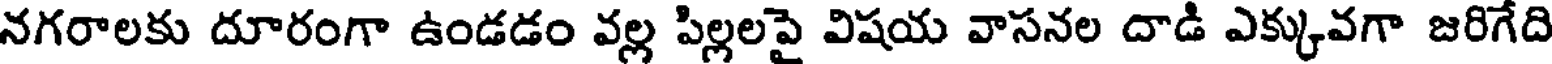
నగరాలకు దూరంగా ఉండడం వల్ల పిల్లలపై విషయ వాసనల దాడి ఎక్కువగా జరిగేది